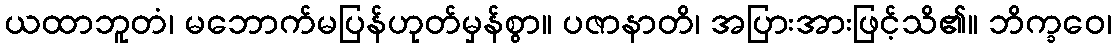
ယထာဘူတံ၊ မဘောက်မပြန်ဟုတ်မှန်စွာ။ ပဇာနာတိ၊ အပြားအားဖြင့်သိ၏။ ဘိက္ခဝေ၊